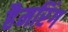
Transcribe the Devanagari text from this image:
हैमरिंग